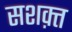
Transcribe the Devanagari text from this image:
सशक़्त